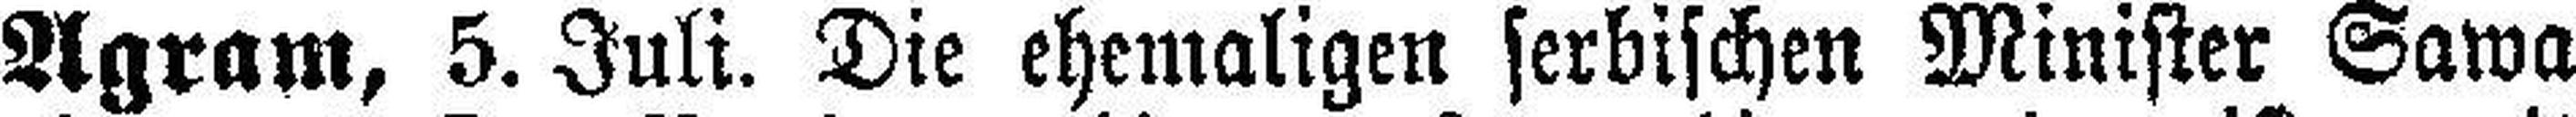
Agram, 5. Juli. Die ehemaligen serbischen Minister Sawa